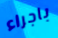
باجراء